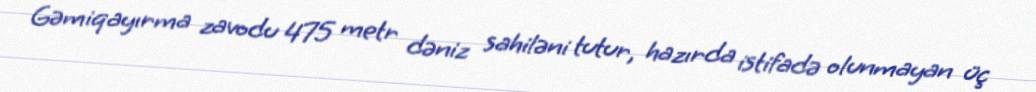
Gəmiqayırma zavodu 475 metr dəniz sahiləni tutur, hazırda istifadə olunmayan üç